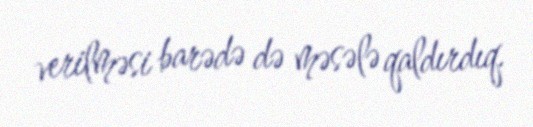
verilməsi barədə də məsələ qaldırdıq.